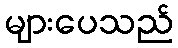
များပေသည်